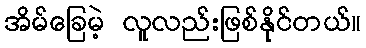
အိမ်ခြေမဲ့ လူလည်းဖြစ်နိုင်တယ်။